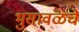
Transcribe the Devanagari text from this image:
भुसावळचे